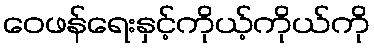
ဝေဖန်ရေးနှင့်ကိုယ့်ကိုယ်ကို